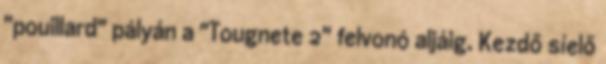
"pouillard" pályán a "Tougnete 2" felvonó aljáig. Kezdő síelő